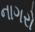
નાગરો